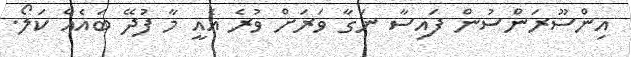
އިންސޫރަންސުން ފައިސާ ނަގާ ވަރަށް ވުރެ އެއީ މާ ފުދޭ ބައެއް ކަލޯ.